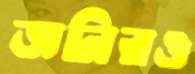
জনিরও